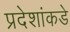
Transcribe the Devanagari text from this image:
प्रदेशांकडे